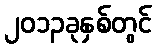
၂၀၁၃ခုနှစ်တွင်